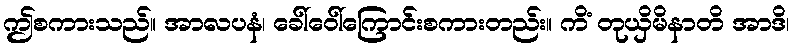
ဤစကားသည်။ အာလပနံ၊ ခေါ်ဝေါ်ကြောင်းစကားတည်း။ ကိံ တုယှိမိနာတိ အာဒိ၊